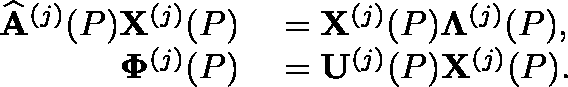
\begin{array} { r l } { \widehat { \mathbf { A } } ^ { ( j ) } ( P ) \mathbf { X } ^ { ( j ) } ( P ) } & { { } = \mathbf { X } ^ { ( j ) } ( P ) \mathbf { \Lambda } ^ { ( j ) } ( P ) , } \\ { \mathbf { \Phi } ^ { ( j ) } ( P ) } & { { } = \mathbf { U } ^ { ( j ) } ( P ) \mathbf { X } ^ { ( j ) } ( P ) . } \end{array}